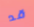
قد